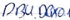
Text: DB4.DBX0.1